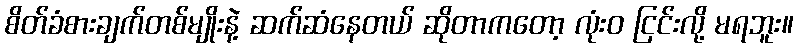
စိတ်ခံစားချက်တစ်မျိုးနဲ့ ဆက်ဆံနေတယ် ဆိုတာကတော့ လုံးဝ ငြင်းလို့ မရဘူး။